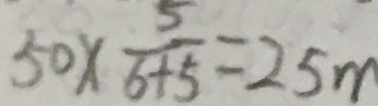
5 0 \times \frac { 5 } { 6 + 5 } = 2 5 m